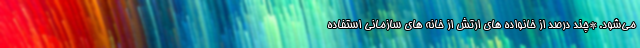
می‌شود. *چند درصد از خانواده های ارتش از خانه های سازمانی استفاده